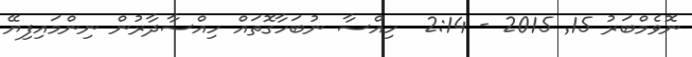
ނޮވެމްބަރު 15